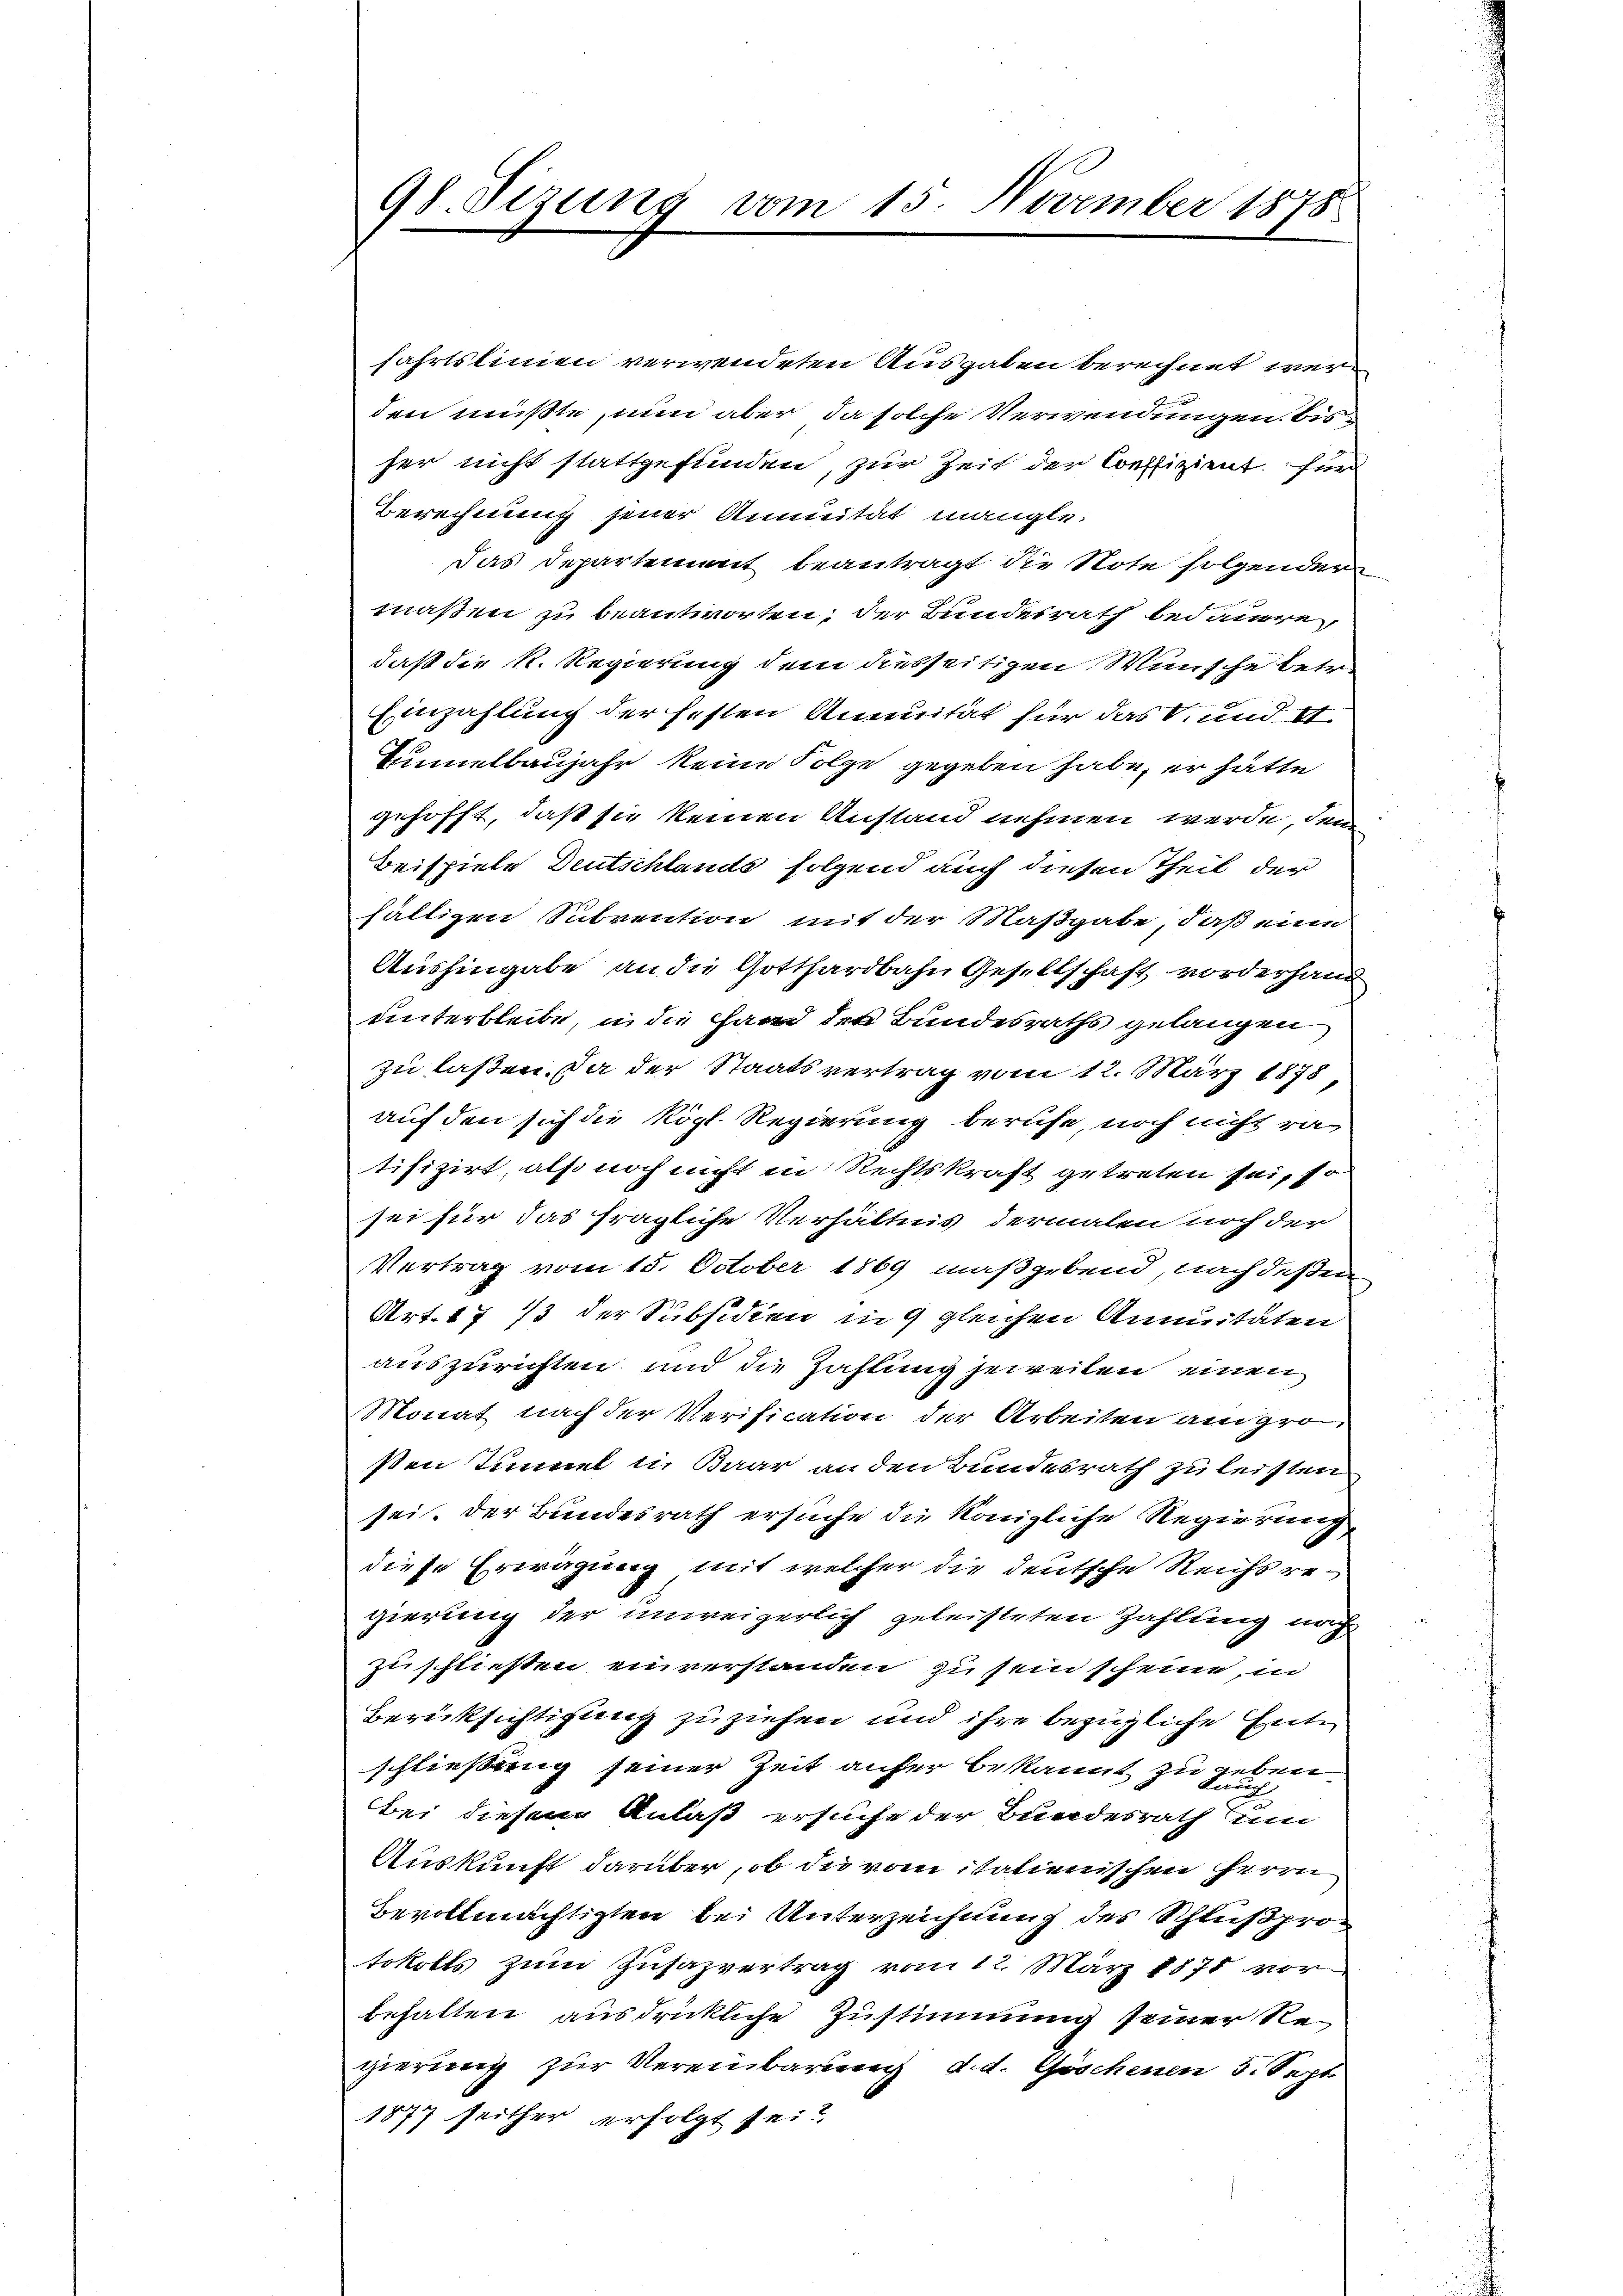
98. Sizung vom 15. November 1878

fahrtslinien verwendeten Ausgaben berechnet werden müßte, nun aber, da solche Verwendungen bisher nicht stattgefunden, zur Zeit der Coeffizient für
Berechnung jener Annuität mangle
das Departement beantragt die Note folgender
maßen zu beantworten, der Bundesrath bedaure,
daß die k. Regierung dem diesseitigen Wünsche betr.
Einzahlung der festen Annuität für das V. und I
Tunnelbaujahr keine Folge gegeben habe, er hätte
gehofft, daß sie keinen Anstand nehmen werde, dem
Beispiele Deutschlands folgend auch diesen Theil der
fältigen Subvention mit der Maßgabe, daß eine
Aushingabe an die Gotthardbahn Gesellschaft vorderhand
unterbleibe, in die Hand der Bundesraths gelangen
zu laßen. Da der Staatsvertrag vom 12. März 1878
auf den sich die Köpl. Regierung berufe, noch nicht ra
tifizirt, als noch nicht in Rechtskraft getreten sei, so
sei für das fragliche Verhältnis dermalen noch der
Vertrag vom 15. October 1869 maßgebend, nach deßen
Art. 17 1/3 der Subsidien in 9 gleichen Annuitäten
auszurichten und die Haftung jeweilen einen
Monat nach der Verification der Arbeiten am gro
ßen Tunnel u. Baar an den Bundesrath zu leisten
sei. Der Bundesrath ersuche die Königliche Regierung,
diese Erwägung mit welcher die deutsche Reichs regierung der unweigerlich geleisteten Zahlung nach
zu schließen einverstanden zu sein scheine, in
Berücksichtigung zuziehen und ihre bezügliche Entschließung seiner Zeit anfer bekannt zu geben.
Bei diesem Anlaß ersuche der Bundesrath um
Auskunft darüber, ob die vom italienischen Herrn
Bevollmächtigten bei Unterzeichnung des Schlußprotokolls zum Zusazvertrag vom 12. März 1871 vor
behalten ausdrückliche Zustimmung seiner Regierung zur Vereinbarung d. d. Göschenen 5. Sept
1877 seither erfolgt sei?